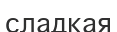
сладкая